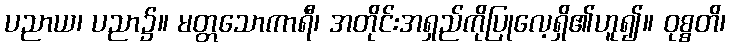
ပညာယ၊ ပညာ၌။ မတ္တသောကာရီ၊ အတိုင်းအရှည်ကိုပြုလေ့ရှိ၏ဟူ၍။ ဝုစ္စတိ၊